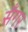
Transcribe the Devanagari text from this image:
सॅंगर